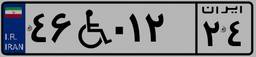
۴۶W۰۱۲۲۴